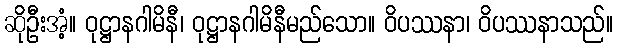
ဆိုဦးအံ့။ ဝုဋ္ဌာနဂါမိနီ၊ ဝုဋ္ဌာနဂါမိနီမည်သော။ ဝိပဿနာ၊ ဝိပဿနာသည်။